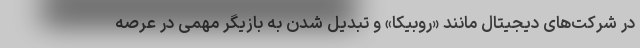
در شرکت‌های دیجیتال مانند «روبیکا» و تبدیل شدن به بازیگر مهمی در عرصه